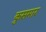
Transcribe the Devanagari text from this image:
कुसमार